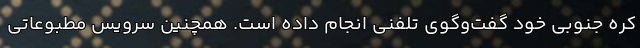
کره جنوبی خود گفت‌وگوی تلفنی انجام داده است. همچنین سرویس مطبوعاتی